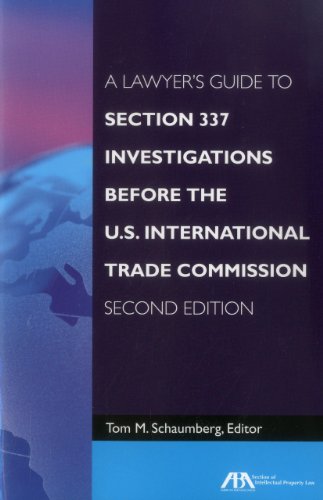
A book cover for A Lawyer's Guide to Section 337 Investigations before the U.S. International Trade Commission; Law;